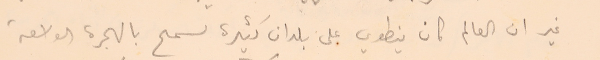
غير ان العالم كان ينطوي على بلدان كثيرة تسمح بالهجرة الواسعة